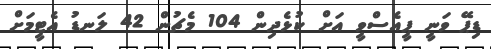
ޑިޕޭ ވަނީ ޕީއެސްވީ އަށް ކުޅެދިން 104 މެޗުން 42 ލަނޑު އެޓީމަށް